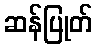
ဆန်ပြုတ်